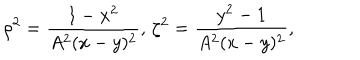
LaTeX: \rho ^ { 2 } = \frac { 1 - x ^ { 2 } } { A ^ { 2 } ( x - y ) ^ { 2 } } , \, \zeta ^ { 2 } = \frac { y ^ { 2 } - 1 } { A ^ { 2 } ( x - y ) ^ { 2 } } ,